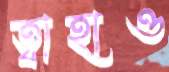
ত্বাহাও